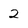
Character: 2